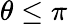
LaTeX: \theta\leq\pi